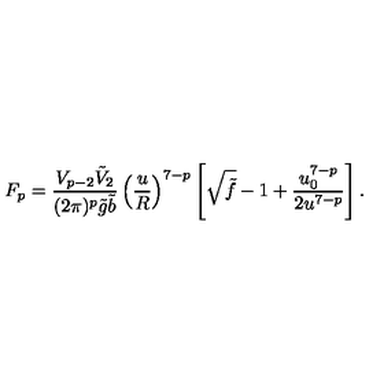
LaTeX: F _ { p } = \frac { V _ { p - 2 } \tilde { V } _ { 2 } } { ( 2 \pi ) ^ { p } \tilde { g } \tilde { b } } \left( \frac { u } { R } \right) ^ { 7 - p } \left[ \sqrt { \tilde { f } } - 1 + \frac { u _ { 0 } ^ { 7 - p } } { 2 u ^ { 7 - p } } \right] .